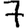
Digit: 7